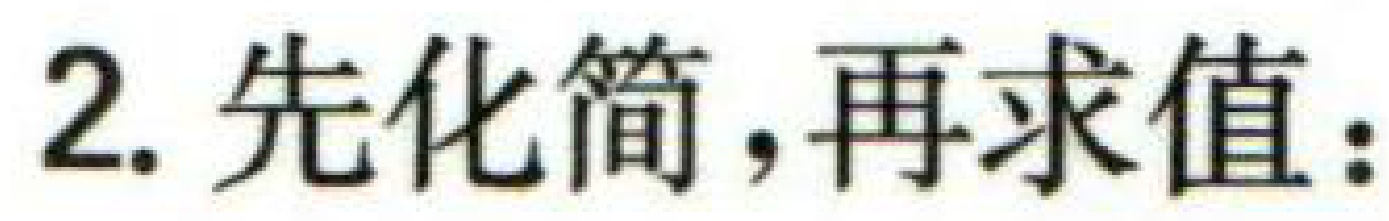
2. 先化简，再求值：